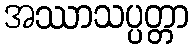
အဿာသပ္ပတ္တာ